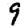
Digit: 9